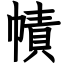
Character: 幘